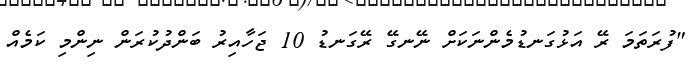
"ފުރަތަމަ ރޭ އަޅުގަނޑުމެންނަކަށް ނޭނގޭ ރޭގަނޑު 10 ޖަހާއިރު ބަންދުކުރަން ނިންމި ކަމެއް